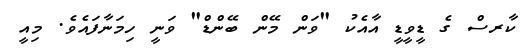
ކާރސް ގެ ޑީވީޑީ އާއެކު "ވަން މޭން ބޭންޑް" ވަނީ ހިމަނާފައެވެ. މިއީ